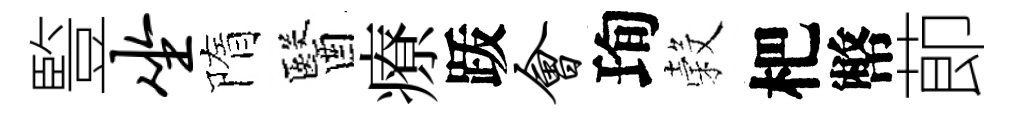
䜿坐隋醫療䟦会珣穀杷幣莭